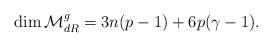
LaTeX: \begin{align*}\dim \mathcal M^g_{dR}=3 n(p-1)+6 p(\gamma-1).\end{align*}